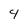
Character: 4